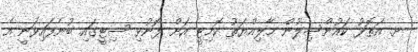
ށ. އަތޮޅު ކައުންސިލުން މާލިއްޔަތު ކޮމިޓީ އަށް ފޮނުވި ސިޓީގައި ބުނެފައިވަނީ އެ